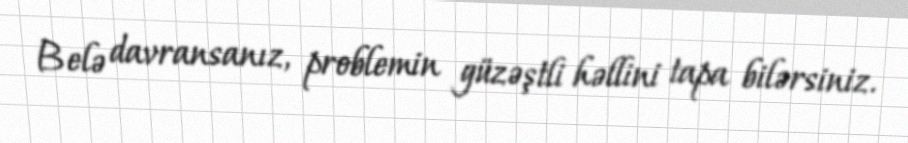
Belə davransanız, problemin güzəştli həllini tapa bilərsiniz.